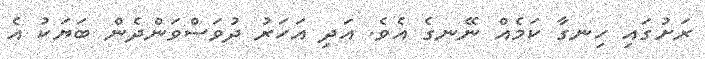
ރަށުގައި ހިނގާ ކަމެއް ނޭނގެ އެވެ. އަދި އަހަރު ދުވަސްވަންދެން ބަޔަކު އެ